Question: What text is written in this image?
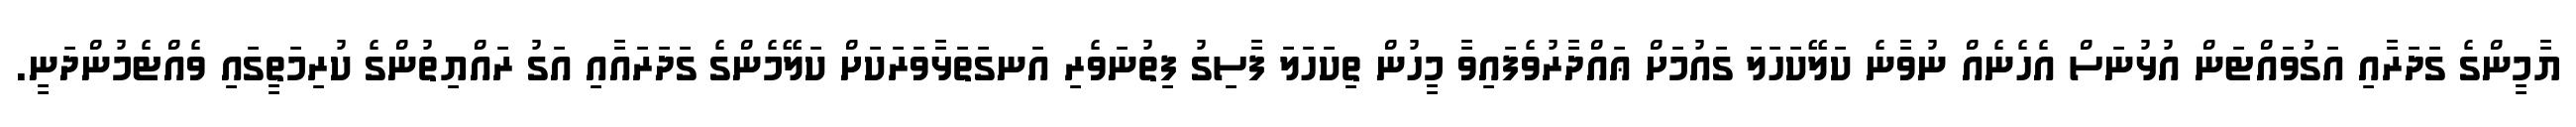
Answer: ޔާމީންގެ ގަދަރާއި އަގުވައްޓަން އުޅުނަސް އެހެނެއް ނުވާނެ ކަލޭކަހަލަ ގައުމަށް ޢައްދާރުވެފައިވާ މީހުން ތިކަހަލަ ފާސިގު ފިތުނަވެރި އަނގަތަޅާވަރަކަށް ކަލޭމެންގެ ގަދަރައާއި އަގު ރައްޔިތުންގެ ކުރިމަތީގައި ވެއްޓެމުންދަނީ.